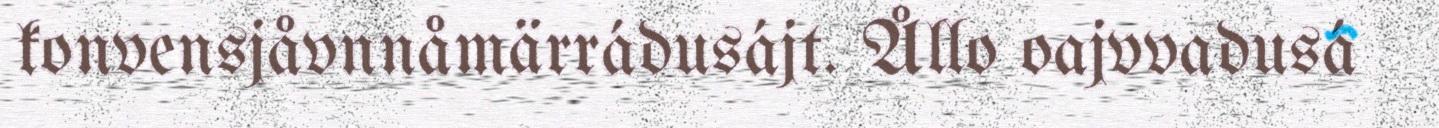
konvensjåvnnåmärrádusájt. Ållo oajvvadusá